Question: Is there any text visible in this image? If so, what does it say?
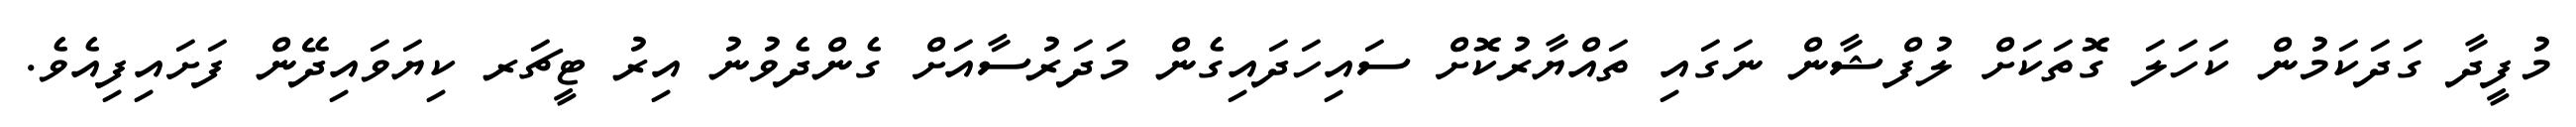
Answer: މުފީދާ ގަދަކަމުން ކަހަލަ ގޮތަކަށް ލުފްޝާން ނަގައި ތައްޔާރުކޮށް ސައިހަދައިގެން މަދަރުސާއަށް ގެންދެވުނު އިރު ޓީޗަރ ކިޔަވައިދޭން ފަށައިފިއެވެ.